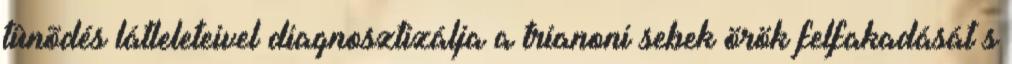
tûnõdés látleleteivel diagnosztizálja a trianoni sebek örök felfakadását s